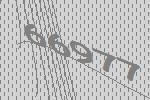
66977